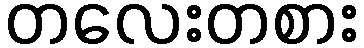
တလေးတစား